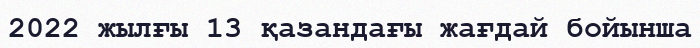
2022 жылғы 13 қазандағы жағдай бойынша